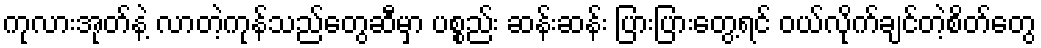
ကုလားအုတ်နဲ့ လာတဲ့ကုန်သည်တွေဆီမှာ ပစ္စည်း ဆန်းဆန်း ပြားပြားတွေ့ရင် ဝယ်လိုက်ချင်တဲ့စိတ်တွေ